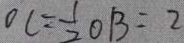
O C = \frac { 1 } { 2 } O B = 2